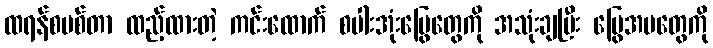
ထရန်စမစ်တာ ထည့်ထားတဲ့ ကင်းထောက် စပါးအုံးမြွေတွေကို အသုံးချပြီး မြွေအမတွေကို